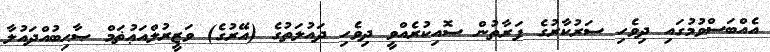
އެއްބަސްވުމުގައި ދިވެހި ސަރުކާރުގެ ފަރާތުން ސޮއިކުރެއްވީ ދިވެހި ދައުލަތުގެ (އޭރުގެ) ވަޒީރުލްއަޢުޡަމް ޞާޙިބުއްދައުލާ